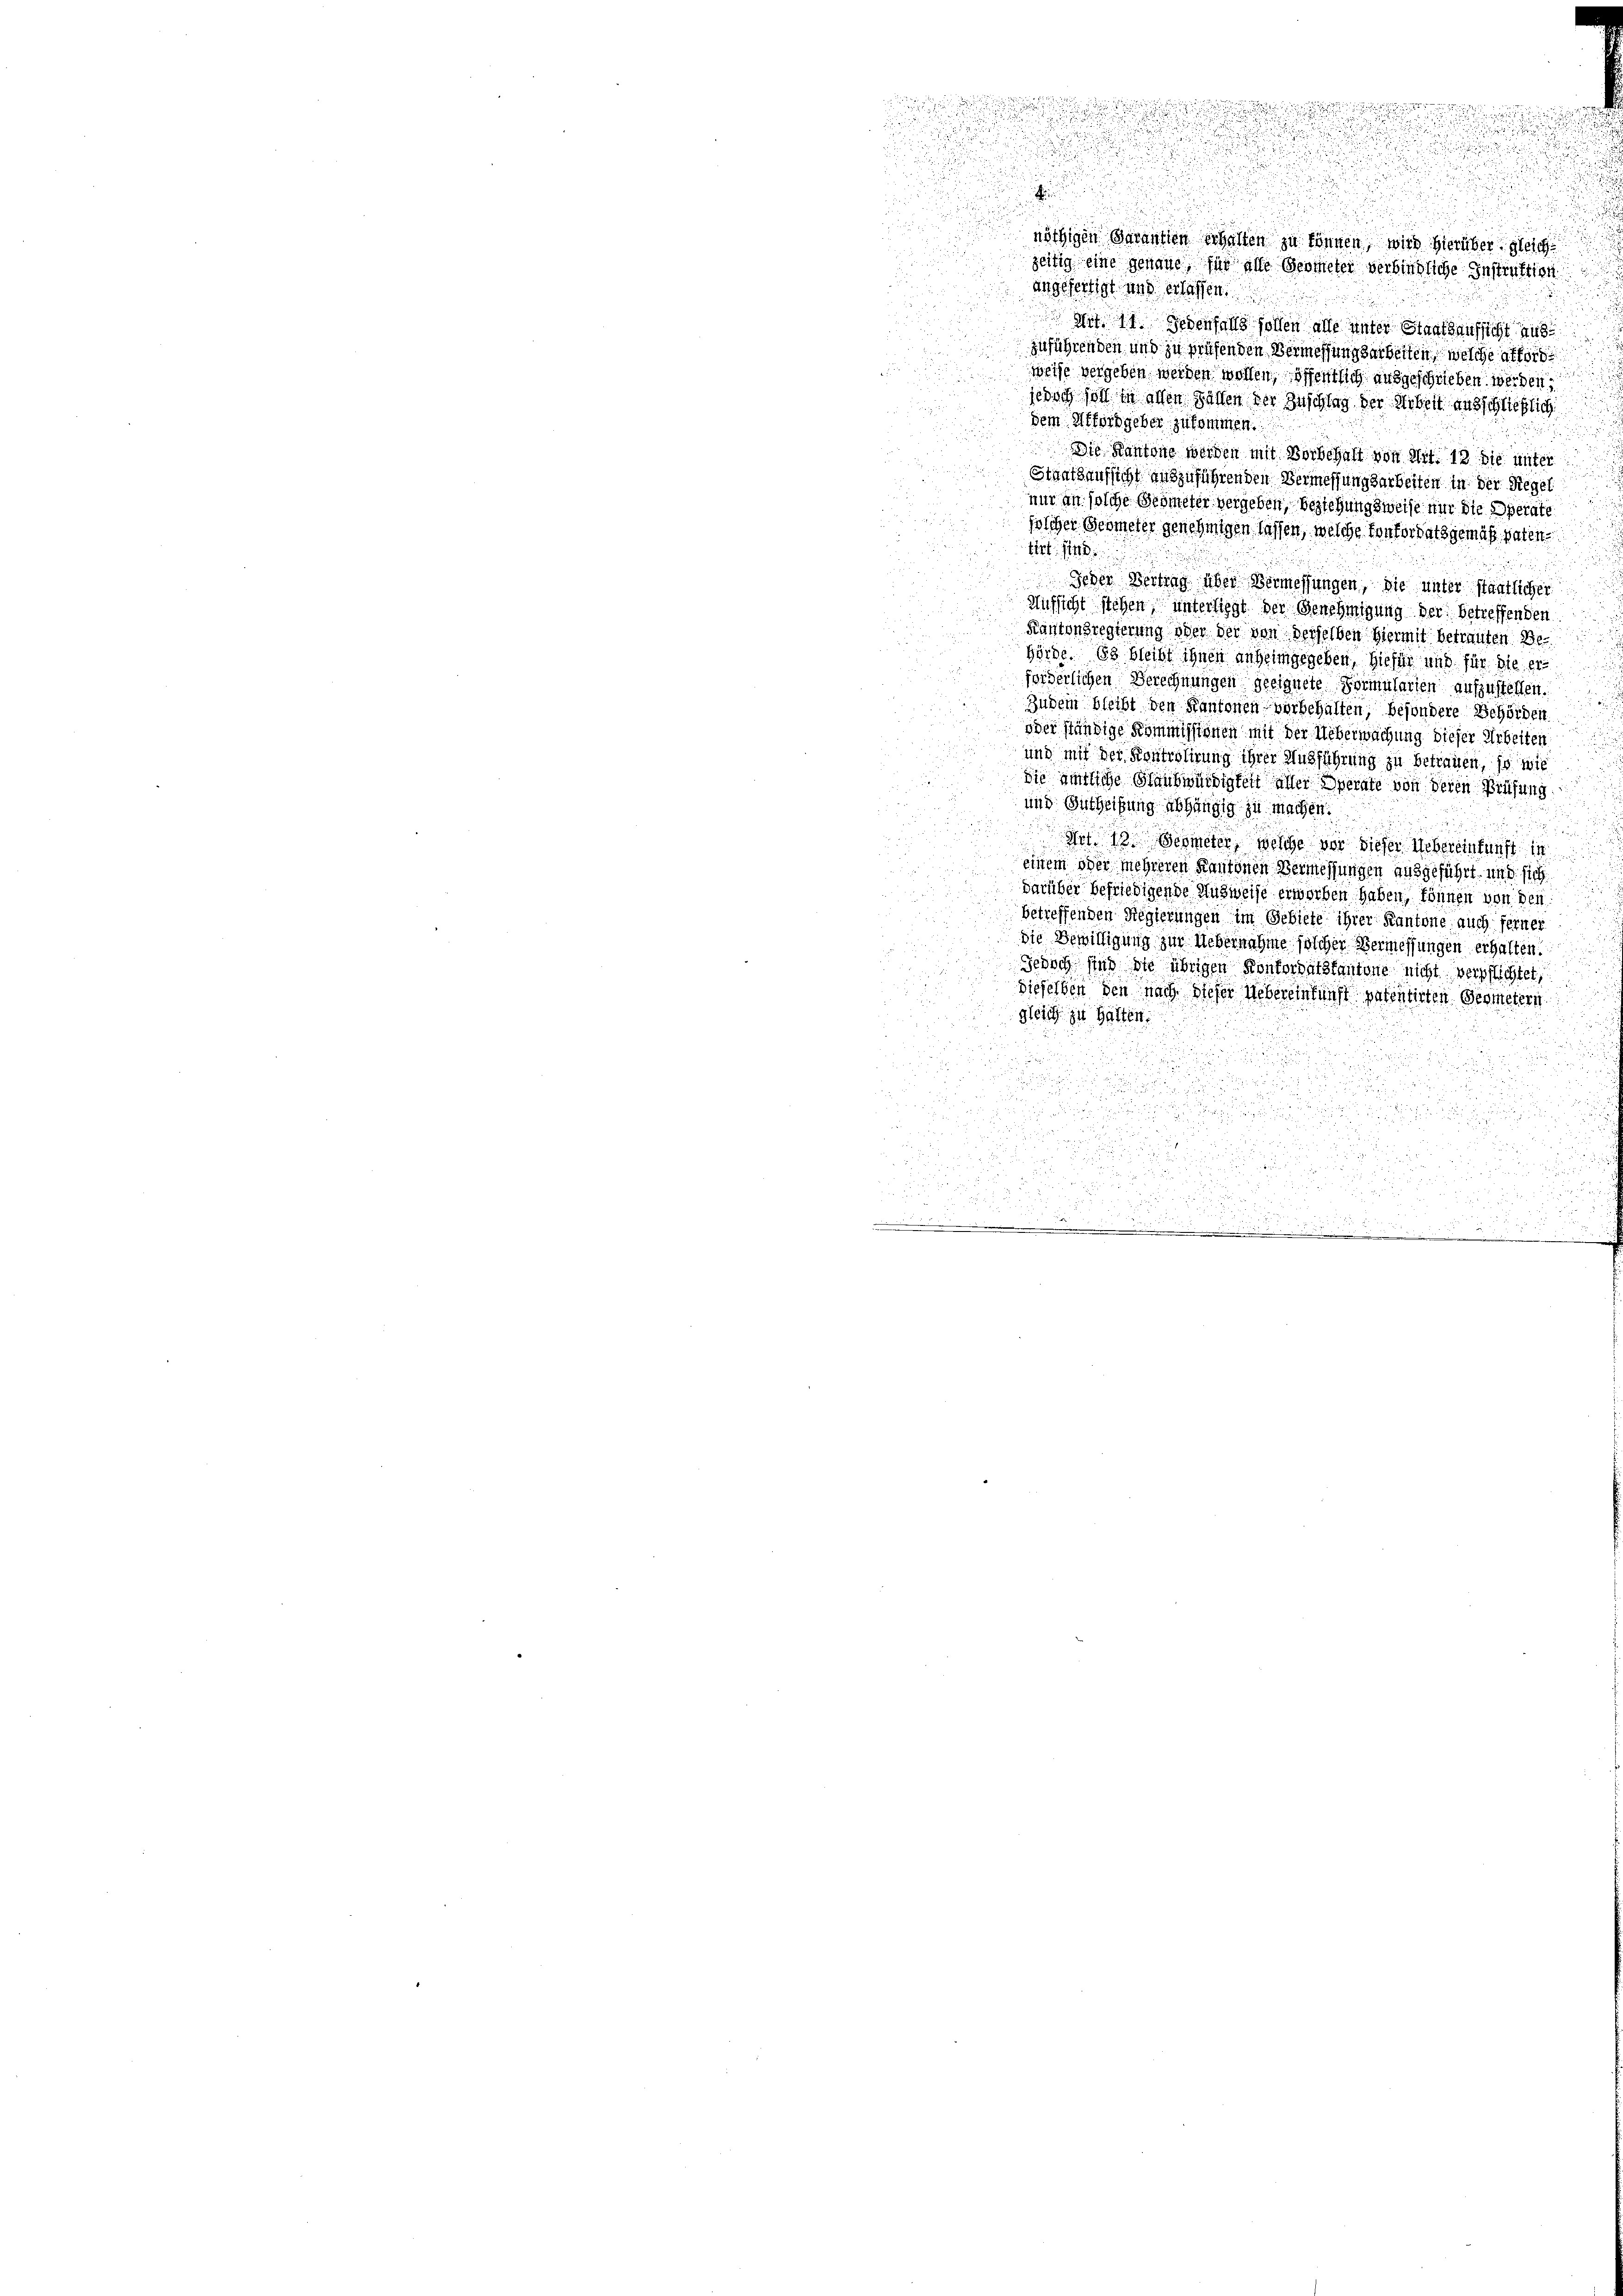
.

i

u
.
nöthigen Garantion erhalten zu können, wird hierüber gleich

zeitig eine genaue, für alle Geometer verbindliche Instruktion
angefertigt und erlassen.
un
Art. 14. Jedenfalls sollen alle unter Staatsaufsicht aus

zuführenden und zu prüfenden Vermessungsarbeiten, welche alford
und

weise vergeben werden wollen, öffentlich ausgeschrieben werden
jedoch soll in allen Gallen der Zuschlag der Arbeit ausschließlich
dem Affordgeber zusammen.
Die Kantone werden mit Vorbehalt von Art. 12 die unter
Staatsaufsicht auszuführenden Vermessungsarbeiten in der Regel
nur an solche Geometer vergeben, beziehungsweise nur die Operate

solcher Geometer genehmigen lassen, welche vonfordatsgemäß paten
tirt. 14
.
Jeder Vertrag über Vermessungen, die unter staatlicher
Aufsicht stehen, unterliegt der Genehmigung der betreffenden
Kantonsregierung oder der von derselben hiermit betrauten Be¬
Hörde. Es bleibt ihnen anheimgegeben, hiefür und für die er
förderlichen Berechnungen geeignete Formularien aufzustellen.
Zudem bleibt den Kantonen vorbehalten, besondere Behörden
oder ständige Kommissionen mit der Ueberwachung dieser Arbeiter
und mit der Kontrolirung ihrer Ausführung zu betrauen, so wie
Sie ämtliche Staubwürdigkeit aller Operate von deren Prüfung
und Eintheifung abhängig zu machen.
Art. 18. Geometer, welche vor dieser Uebereinkunft in
einem oder mehreren Kantonen Vermessungen ausgeführt und sich
darüber befriedigende Ausweise erworben haben, können von den
betreffenden Regierungen im Gebiete ihrer Kantone, auch ferner
die Bewilligung zur Uebernahme solcher Vermessungen erhalten,
Jedoch sind die übrigen Konkordatskantone nicht verpflichtet,
dieselben den nach dieser Uebereinkunft patentirten Geometern
gleich zu halten.
2

d

.
u

.

x